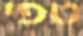
טפי